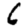
Digit: 6